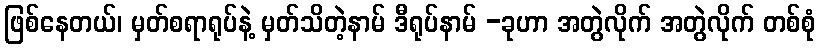
ဖြစ်နေတယ်၊ မှတ်စရာရုပ်နဲ့ မှတ်သိတဲ့နာမ် ဒီရုပ်နာမ် -ခုဟာ အတွဲလိုက် အတွဲလိုက် တစ်စုံ